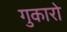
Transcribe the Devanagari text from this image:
गुकारो